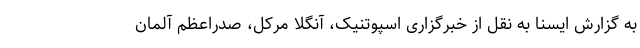
به گزارش ایسنا به نقل از خبرگزاری اسپوتنیک، آنگلا مرکل، صدراعظم آلمان